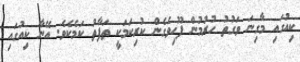
ކިއުގައި މާގިނަ ވަގުތު ހުރުމުން ފޫހިވެގެން ކުރިކަމަކީ ތަފާތު ކަމެކެވެ. އޭނާ ކިއުގައި